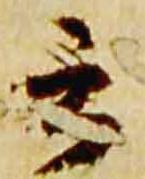
云